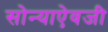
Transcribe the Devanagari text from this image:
सोन्याऐवजी